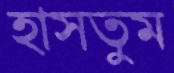
হাসতুম